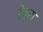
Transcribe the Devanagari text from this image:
टेव्स